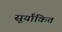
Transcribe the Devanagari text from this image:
सूर्यांकित